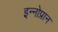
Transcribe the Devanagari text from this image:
इन्नोप्रान